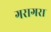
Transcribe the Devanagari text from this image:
गरागरा